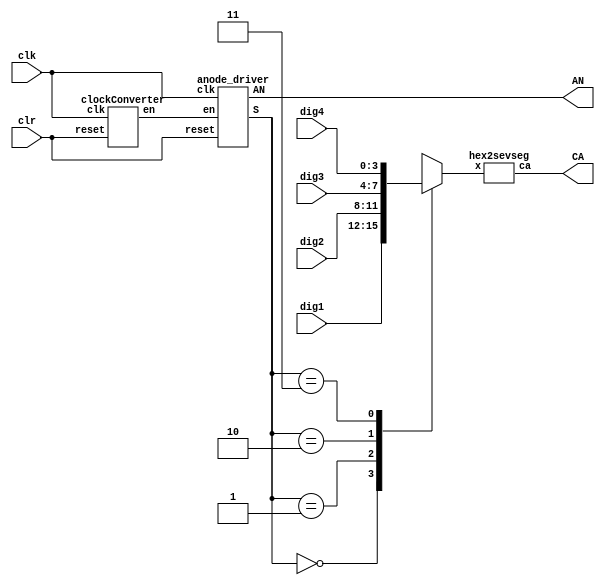
`timescale 1ns / 1ps
//////////////////////////////////////////////////////////////////////////////////
// Company: 
// Engineer: 
// 
// Design Name: 
// Module Name: display
// Project Name: 
// Target Devices: 
// Tool Versions: 
// Description: 
// 
// Dependencies: 
// 
// Revision:
// Revision 0.01 - File Created
// Additional Comments:
// 
//////////////////////////////////////////////////////////////////////////////////


module display(
    input clr,
    input clk,
    input wire [3:0] dig1,
    input wire [3:0] dig2,
    input wire [3:0] dig3,
    input wire [3:0] dig4,
    output wire [3:0] AN,
    output wire [6:0] CA
    );
    
    wire en;
    wire [1:0] S;
    reg [3:0] X;
    
    clockConverter clk_en (.clk(clk), .reset(clr), .en(en));
    anode_driver ad (.clk(clk), .en(en), .reset(clr), .AN(AN), .S(S));
    
    always @ (dig1 or dig2 or dig3 or dig4 or S) begin
        case (S)
        2'b00 : X <= dig1;
        2'b01 : X <= dig2;
        2'b10 : X <= dig3;
        2'b11 : X <= dig4;
        endcase
    end
    hex2sevseg dec (.x(X), .ca(CA));
endmodule


module hex2sevseg(
   input wire [3:0] x,
    output reg [6:0] ca

    );
      always @ (x)
    case (x)
        4'h0 : ca = 7'b0000001;
        4'h1 : ca = 7'b1001111;
        4'h2 : ca = 7'b0010010;
        4'h3 : ca = 7'b0000110;
        4'h4 : ca = 7'b1001100;
        4'h5 : ca = 7'b0100100;
        4'h6 : ca = 7'b0100000;
        4'h7 : ca = 7'b0001111;
        4'h8 : ca = 7'b0000000;
        4'h9 : ca = 7'b0000100;
        4'hA : ca = 7'b0001000;
        4'hB : ca = 7'b1100000;
        4'hC : ca = 7'b0110001;
        4'hD : ca = 7'b1000010;
        4'hE : ca = 7'b0110000;
        4'hF : ca = 7'b0111000;        
    endcase
endmodule

  


module clockConverter(
    input clk,
    input reset,
    output reg en
    );
    integer count = 0;
    always @(posedge clk or posedge reset)
    if (reset == 1)
        count <= 0;
    else if(count == 99999999) begin
		count <= 0;
		en <= 1;
	end else begin
		count <= count + 1;
		en <= 0;
	end
endmodule

module anode_driver(
    input clk,
    input en,
    input reset,
    output reg [3:0] AN,
    output reg [1:0] S
    );
    
    integer q = 0;
    always@ (posedge en)
    begin
        if(q == 3)
        begin
            q <= 0;
        end
        else
            q <= q + 1;
        end
     
     always@(q or reset)
     begin
        if(reset == 1)
            begin
                AN = 4'b1110;
                S = 2'b00;
            end
        else
        begin
        case(q)
        0: begin
            AN = 4'b1110;
            S = 2'b00;
            end
        1 : begin
            AN = 4'b1101;
            S = 2'b01;
            end
        2 : begin
            AN = 4'b1011;
            S = 2'b10;
            end
        3 : begin
        AN = 4'b0111;
        S = 2'b11;
        end
        endcase
        end
        end
            
        
    
endmodule